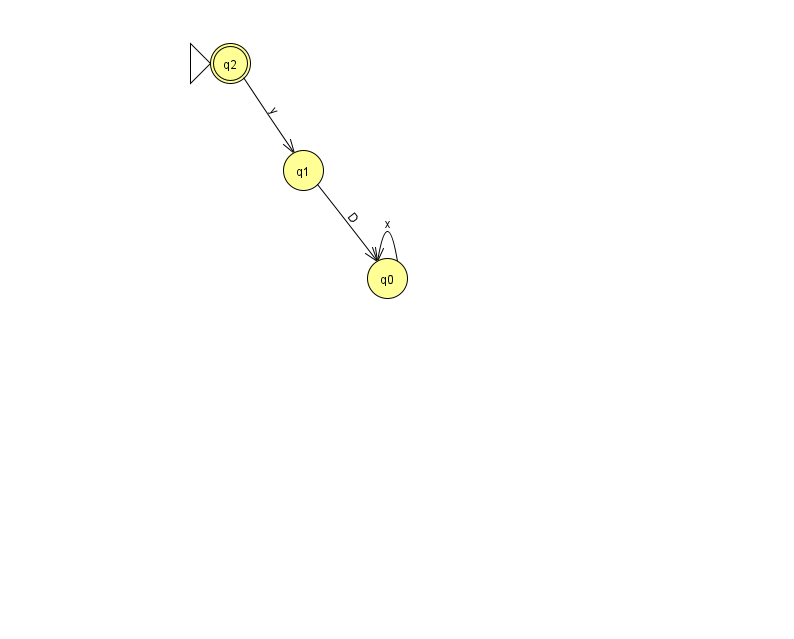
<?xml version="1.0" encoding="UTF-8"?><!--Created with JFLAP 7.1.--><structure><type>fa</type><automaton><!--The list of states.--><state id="0" name="q0"><x>387.0</x><y>265.0</y></state><state id="1" name="q1"><x>303.0</x><y>157.0</y></state><state id="2" name="q2"><x>230.0</x><y>50.0</y><initial/><final/></state><!--The list of transitions.--><transition><from>0</from><to>0</to><read>x</read></transition><transition><from>2</from><to>1</to><read>y</read></transition><transition><from>1</from><to>0</to><read>D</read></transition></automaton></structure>